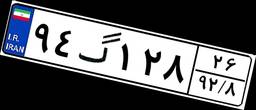
۲۲گ۳۲۰۸۷